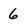
Character: 6